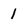
Character: 1